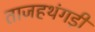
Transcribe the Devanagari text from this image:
ताजहथंगड़ी